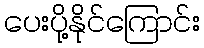
ပေးပို့နိုင်ကြောင်း